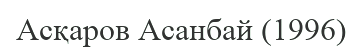
Асқаров Асанбай (1996)